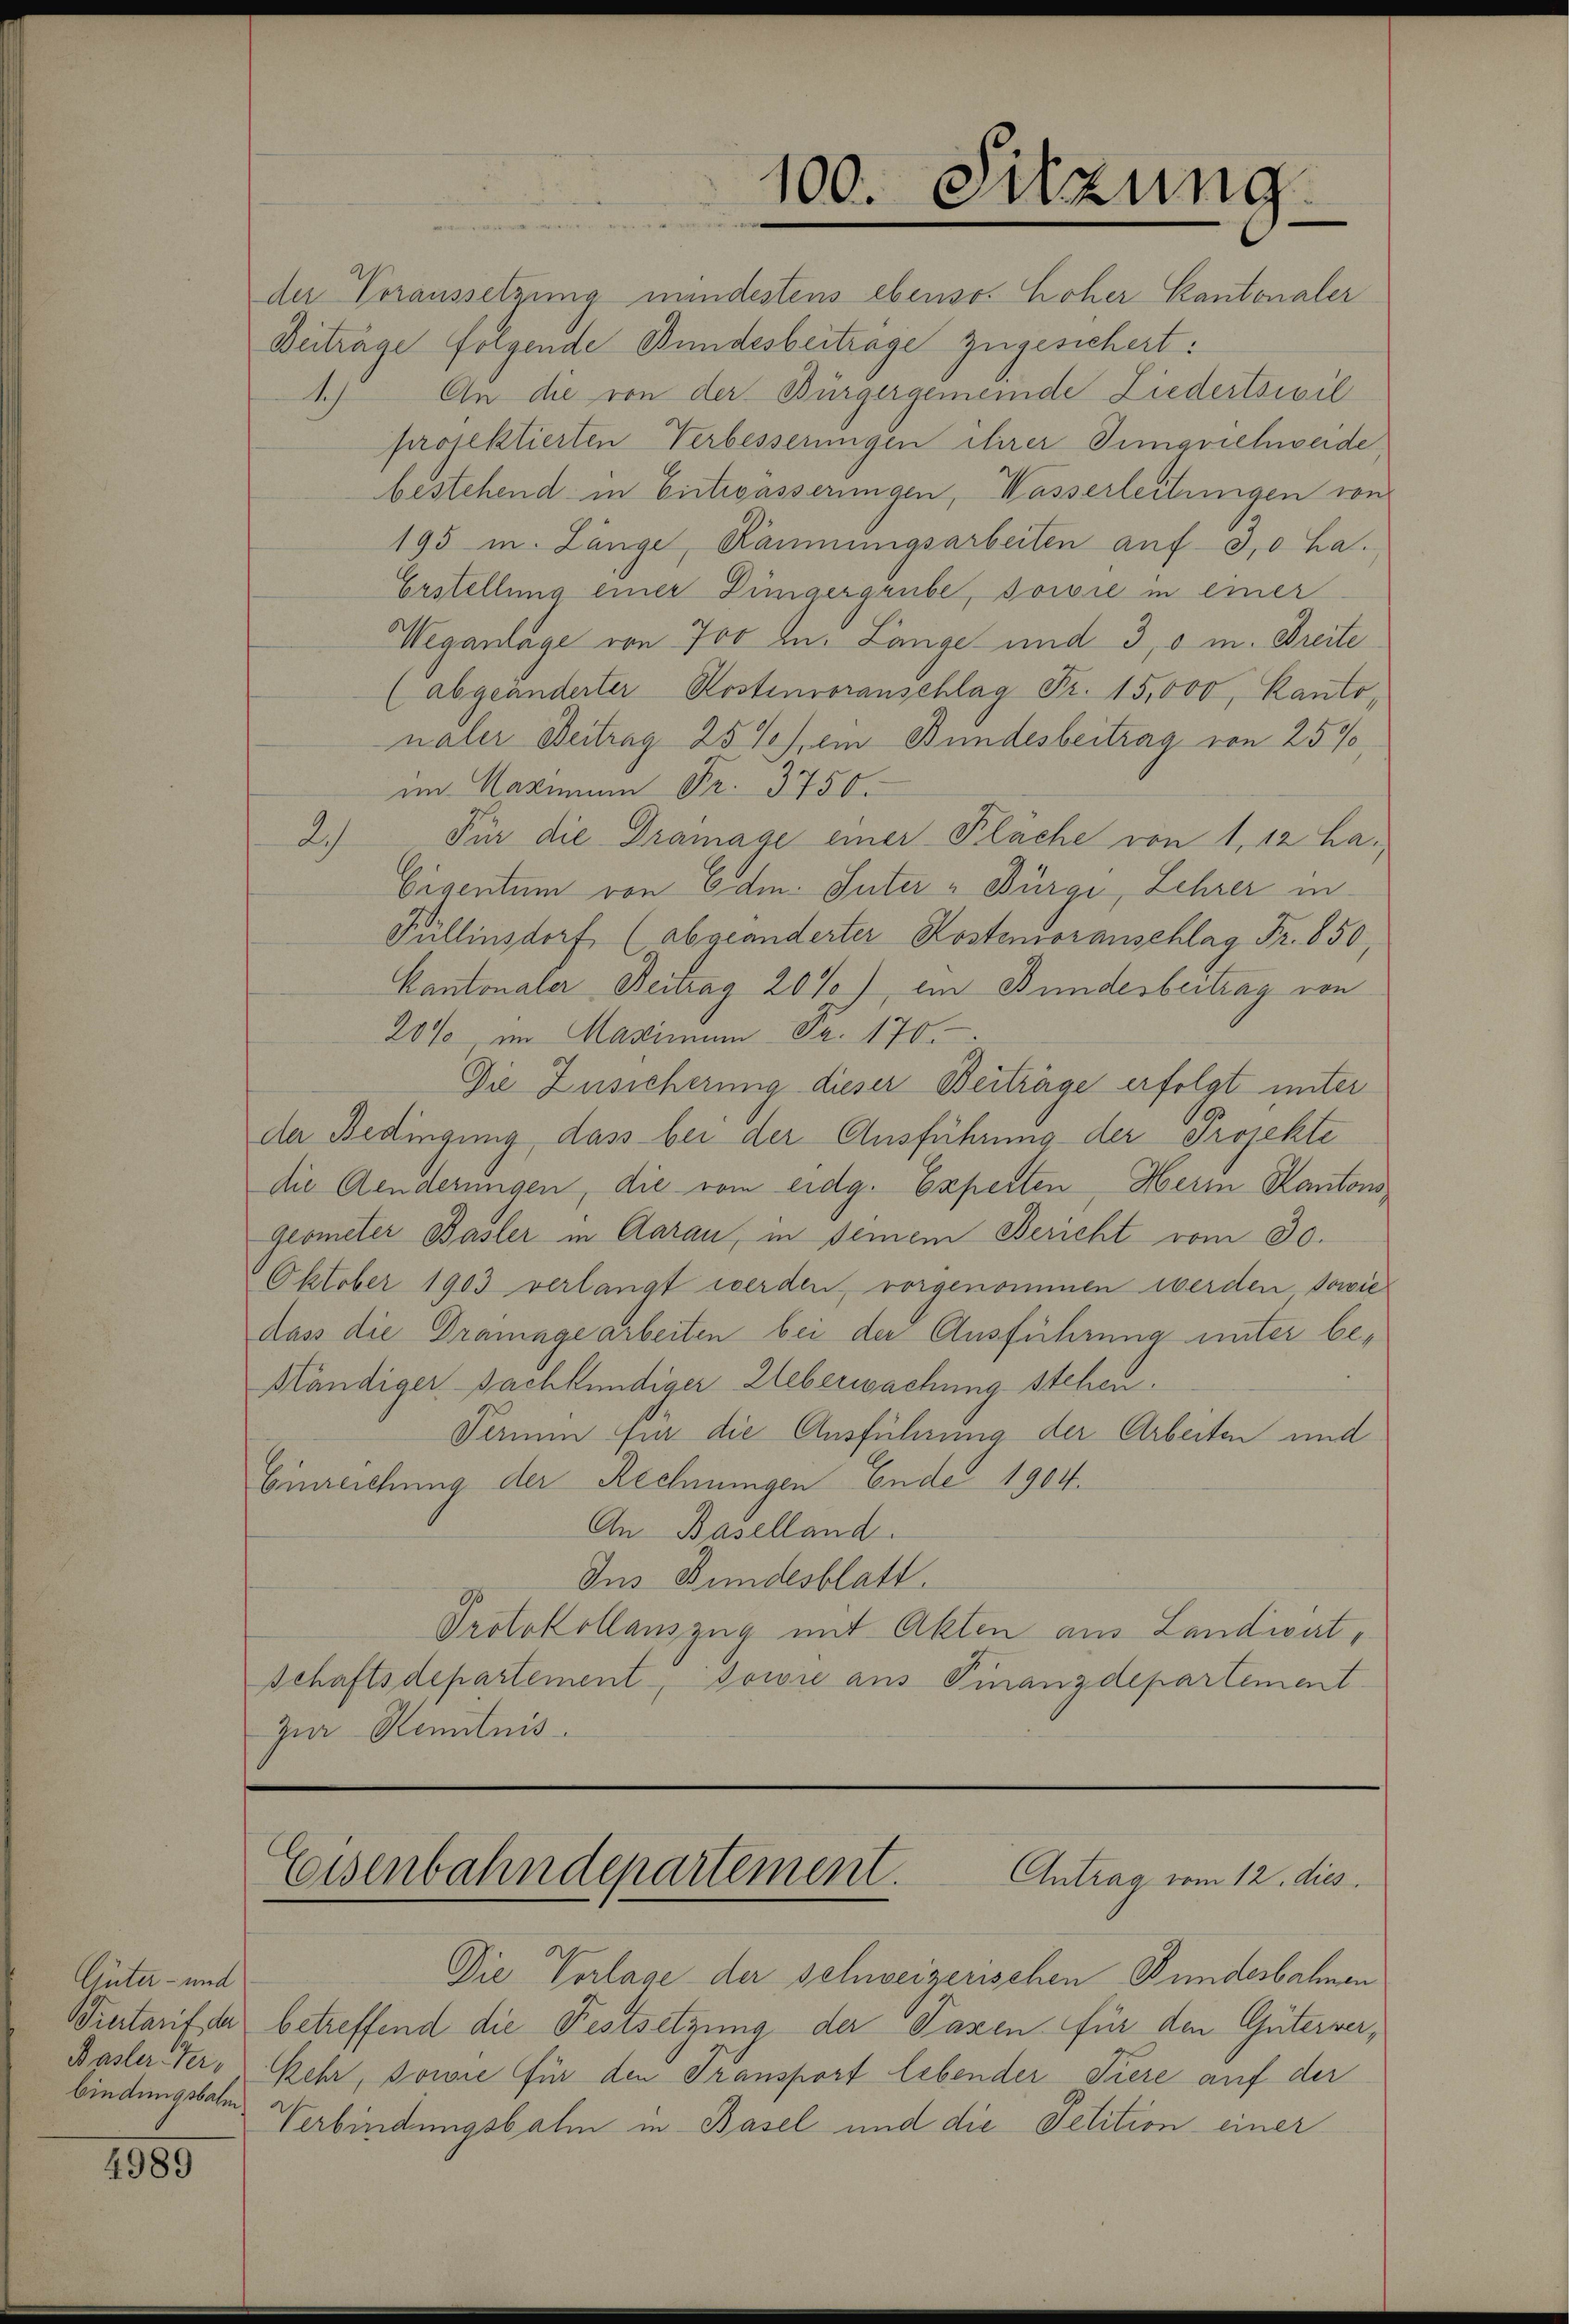
Güter - wied
bindungsbahn

4989

100. Sitzung

der Voraussetzung mindestens ebenso hoher Kantonaler
Beiträge folgende Bundesbeiträge zugesichert:
An die von der Bürgergemeinde Liedertsivil
1)
projektierten Verbesserungen ihrer Timgrichweide
bestehend in Entwässerungen, Wasserleitungen von
195 mn. Länge, Räumungsarbeiten auf 30 ha.
Erstellung einer Düngergrube, sowie in einer
Weganlage von 700 an. Länge und 3, o m. Dreite
(abgeänderter Kostenvoranschlag Fr. 15,000, Kantonaler Beitrag 25%, ein Bundesbeitrag von 25%,
im Maximum Fr. 3750.
L)
Für die Dramage einer Plache von 1, 12 ha.
Eigentum von Edm. Inter Bürge, Lehrer in
Füllinsdorf (abgeänderter Kostenvoranschlag Fr. 850,
Kantonaler Beitrag 20%), ein Bundesbeitrag von
20% im Maximum Fr. 170
De Zusicherung dieser Beiträge erfolgt unter
de Bedingung, dass bei der Ausführung der Projekte
die Aenderungen, die vom eidg. Experten, Herrn Kantons¬
Geometer Basler in Aarau, in seinem Bericht vom 30.
Oktober 1903 verlangt werden, vorgenommen werden sowie
dass die Drange arbeiten bei der Ausführung unter be¬
Hländiger sachkundiger Ueberwachung stehen.
Tamm für die Ausführung der Arbeiten und
Einreichung der Rechnungen Ende 1904.
An Baselland.
Ins Bundesblatt.
Protokollanzzug mit Akten aus Landiert,
schaftsdepartement, sowie aus Finanzdepartement
zur Kenntnis.

Eisenbahndepartement. Antrag vom 12. dies

Die Verlage der schweizerischen Bundesbahnen
Wietarif der betreffend die Festsetzung der Taxen für den Güterver¬
Basler Verkehr, sowie für den Transport lebender Tiere auf der
Verbindungsbahn in Basel und die Petition einer